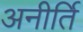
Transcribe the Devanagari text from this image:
अनीर्ति